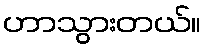
ဟာသွားတယ်။